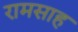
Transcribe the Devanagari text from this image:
रामसाह